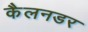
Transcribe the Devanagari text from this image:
कैलनडर